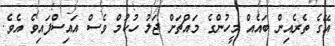
އޭގެ ތެރެއިން ބައެއް މީހުންގެ މައްޗަށް ޖަލު ހުކުމް ވެސް އައިސްފައިވެ އެވެ.